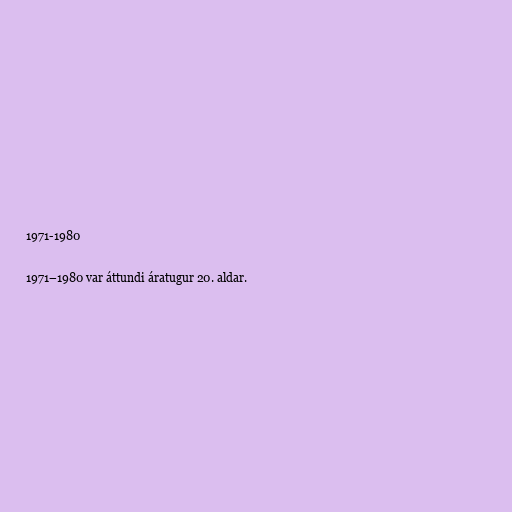
1971-1980

1971–1980 var áttundi áratugur 20. aldar.